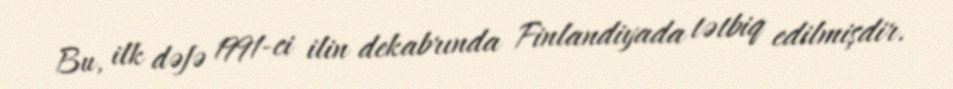
Bu, ilk dəfə 1991-ci ilin dekabrında Finlandiyada tətbiq edilmişdir.